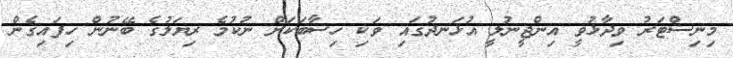
މިނިސްޓަރު ވިދާޅުވީ އިންޖީނުލީ އުޅަނދުގައި ވަކި ހިސާބަކަށް ނުކުމެ ރިޔަލުގެ ބޭނުން ހިފައިގެން